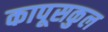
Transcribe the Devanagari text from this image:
कापूसकुल